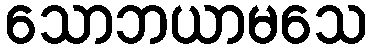
သောဘယာမသေ